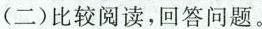
(二)比较阅读，回答问题。